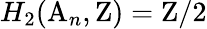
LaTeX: H_{2}(\mathrm{A}_{n},\mathrm{Z})=\mathrm{Z}/2